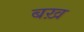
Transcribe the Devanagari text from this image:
बख़